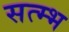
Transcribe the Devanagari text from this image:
सत्म्भ